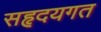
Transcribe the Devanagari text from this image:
सहृदयगत